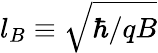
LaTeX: l_{B}\equiv\sqrt{\hbar/qB}